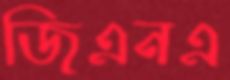
জিএনএ